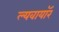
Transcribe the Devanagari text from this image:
ल्यवायॉर